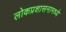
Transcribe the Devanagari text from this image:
लोकप्रशासनामध्ये